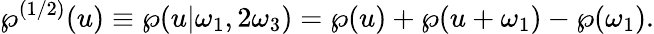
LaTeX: \wp^{(1/2)}(u)\equiv\wp(u|\omega_{1},2\omega_{3})=\wp(u)+\wp(u+\omega_{1})-\wp(\omega_{1}).